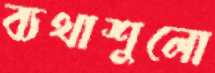
ব্যথাশুলো